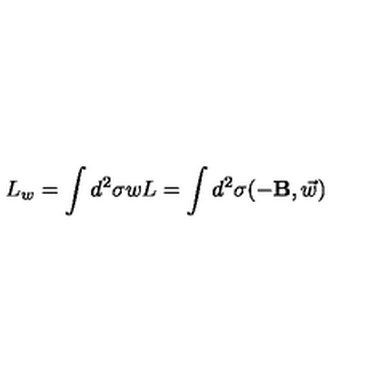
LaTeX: L _ { w } = \int d ^ { 2 } \sigma w L = \int d ^ { 2 } \sigma ( - { \bf { B } } , \vec { w } )